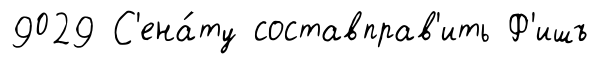
9029 С'ена́ту составправ'ить Ф'ишъ